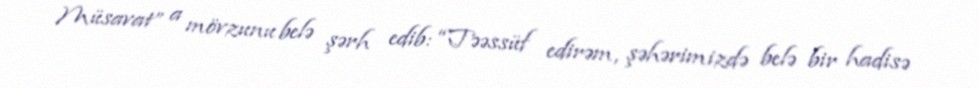
Müsavat” a mövzunu belə şərh edib: “Təəssüf edirəm, şəhərimizdə belə bir hadisə